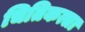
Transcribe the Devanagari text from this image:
चितिकत्सा